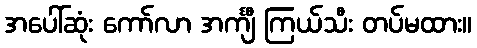
အပေါ်ဆုံး ကော်လာ အင်္ကျီ ကြယ်သီး တပ်မထား။